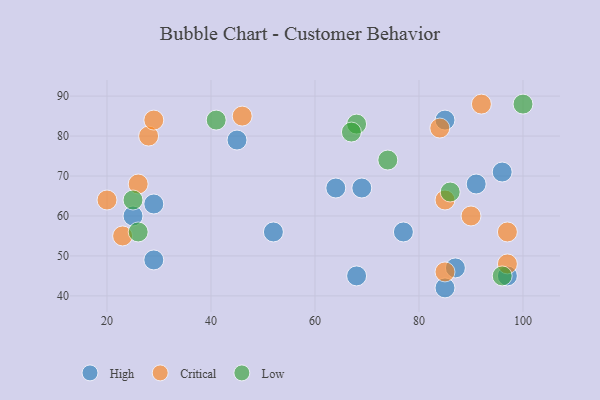
{"axis": {"x": "GDP", "y": "Life Expectancy"}, "legend": ["Critical", "High", "Low"], "data": [{"x": "85", "y": 42, "type": "High"}, {"x": "25", "y": 60, "type": "High"}, {"x": "52", "y": 56, "type": "High"}, {"x": "85", "y": 84, "type": "High"}, {"x": "64", "y": 67, "type": "High"}, {"x": "97", "y": 45, "type": "High"}, {"x": "45", "y": 79, "type": "High"}, {"x": "96", "y": 71, "type": "High"}, {"x": "77", "y": 56, "type": "High"}, {"x": "29", "y": 49, "type": "High"}, {"x": "68", "y": 45, "type": "High"}, {"x": "87", "y": 47, "type": "High"}, {"x": "91", "y": 68, "type": "High"}, {"x": "69", "y": 67, "type": "High"}, {"x": "29", "y": 63, "type": "High"}, {"x": "28", "y": 80, "type": "Critical"}, {"x": "85", "y": 46, "type": "Critical"}, {"x": "26", "y": 68, "type": "Critical"}, {"x": "90", "y": 60, "type": "Critical"}, {"x": "20", "y": 64, "type": "Critical"}, {"x": "84", "y": 82, "type": "Critical"}, {"x": "46", "y": 85, "type": "Critical"}, {"x": "92", "y": 88, "type": "Critical"}, {"x": "23", "y": 55, "type": "Critical"}, {"x": "97", "y": 56, "type": "Critical"}, {"x": "97", "y": 48, "type": "Critical"}, {"x": "85", "y": 64, "type": "Critical"}, {"x": "29", "y": 84, "type": "Critical"}, {"x": "86", "y": 66, "type": "Low"}, {"x": "68", "y": 83, "type": "Low"}, {"x": "41", "y": 84, "type": "Low"}, {"x": "67", "y": 81, "type": "Low"}, {"x": "100", "y": 88, "type": "Low"}, {"x": "25", "y": 64, "type": "Low"}, {"x": "74", "y": 74, "type": "Low"}, {"x": "26", "y": 56, "type": "Low"}, {"x": "96", "y": 45, "type": "Low"}]}